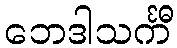
ဘေဒါသင်္ကီ